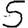
Digit: 5